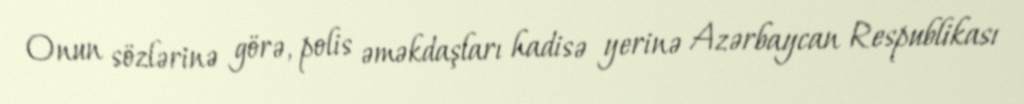
Onun sözlərinə görə, polis əməkdaşları hadisə yerinə Azərbaycan Respublikası